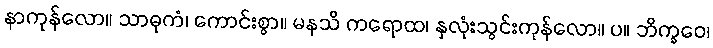
နာကုန်လော။ သာဓုကံ၊ ကောင်းစွာ။ မနသိ ကရောထ၊ နှလုံးသွင်းကုန်လော။ ပ။ ဘိက္ခဝေ၊